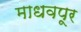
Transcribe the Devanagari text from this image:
माधवपूर